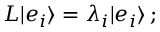
L | e _ { i } \rangle = \lambda _ { i } | e _ { i } \rangle \, ;